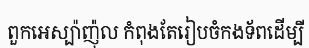
ពួកអេស្ប៉ាញ៉ុល កំពុងតែរៀបចំកងទ័ពដើម្បី